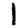
Digit: 1